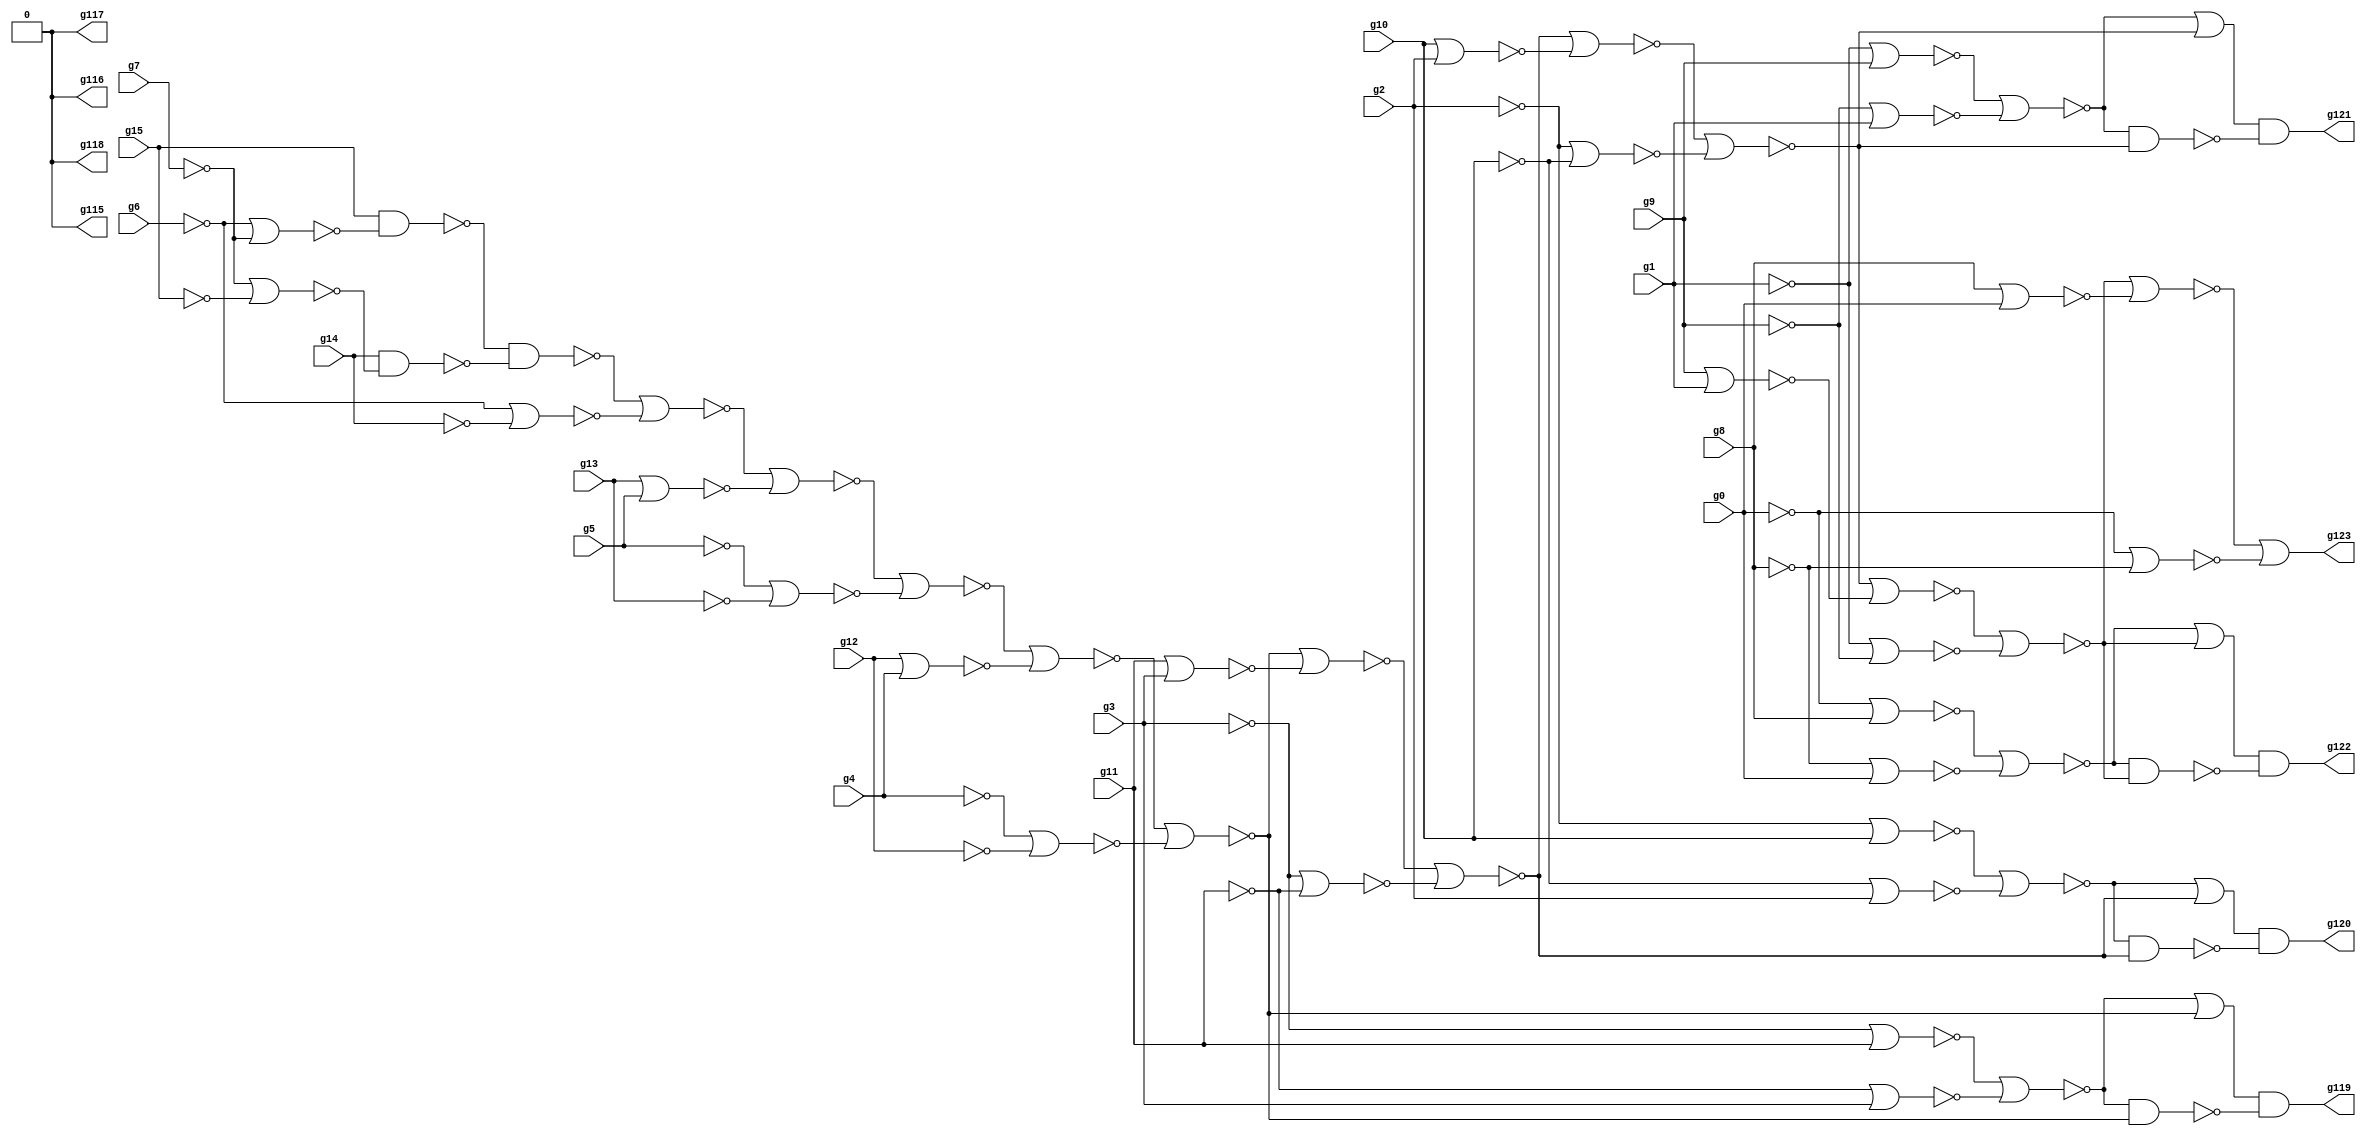
// Benchmark "circuit" written by ABC on Wed Mar 16 10:20:12 2022

module circuit ( 
    g0, g1, g2, g3, g4, g5, g6, g7, g8, g9, g10, g11, g12, g13, g14, g15,
    g123, g122, g121, g120, g119, g118, g117, g116, g115  );
  input  g0, g1, g2, g3, g4, g5, g6, g7, g8, g9, g10, g11, g12, g13, g14,
    g15;
  output g123, g122, g121, g120, g119, g118, g117, g116, g115;
  wire g16, g20, g25, g29, g31, g34, g35, g36, g37, g38, g39, g43, g45, g48,
    g49, g50, g51, g55, g56, g57, g58, g59, g60, g61, g62, g63, g64, g65,
    g66, g67, g68, g69, g70, g71, g72, g73, g74, g75, g76, g77, g78, g79,
    g80, g81, g82, g83, g84, g85, g86, g87, g88, g89, g90, g91, g92, g93,
    g94, g95, g96, g97, g98, g99, g100, g101, g102, g103, g104, g105, g110,
    g111, g112, g113, g114, \0 ;
  assign g16 = ~g15;
  assign g20 = ~g14;
  assign g25 = ~g7 | ~g15;
  assign g29 = ~g13;
  assign g31 = ~g5;
  assign g34 = ~g6 | ~g7;
  assign g35 = ~g16 & ~g34;
  assign g36 = ~g20 & ~g25;
  assign g37 = ~g35 & ~g36;
  assign g38 = ~g6 | ~g14;
  assign g39 = ~g37 | ~g38;
  assign g43 = ~g12;
  assign g45 = ~g4;
  assign g48 = ~g29 | ~g31;
  assign g49 = ~g39 | ~g48;
  assign g50 = ~g5 | ~g13;
  assign g51 = ~g49 | ~g50;
  assign g55 = ~g11;
  assign g56 = ~g3 | ~g55;
  assign g57 = ~g3;
  assign g58 = ~g11 | ~g57;
  assign g59 = ~g56 | ~g58;
  assign g60 = ~g43 | ~g45;
  assign g61 = ~g51 | ~g60;
  assign g62 = ~g4 | ~g12;
  assign g63 = ~g61 | ~g62;
  assign g64 = ~g59 | ~g63;
  assign g65 = ~g64;
  assign g66 = ~g59 & ~g63;
  assign g67 = ~g10;
  assign g68 = ~g2 | ~g67;
  assign g69 = ~g2;
  assign g70 = ~g10 | ~g69;
  assign g71 = ~g68 | ~g70;
  assign g72 = ~g55 | ~g57;
  assign g73 = ~g63 | ~g72;
  assign g74 = ~g3 | ~g11;
  assign g75 = ~g73 | ~g74;
  assign g76 = ~g71 | ~g75;
  assign g77 = ~g76;
  assign g78 = ~g71 & ~g75;
  assign g79 = ~g9;
  assign g80 = ~g1 | ~g79;
  assign g81 = ~g1;
  assign g82 = ~g9 | ~g81;
  assign g83 = ~g80 | ~g82;
  assign g84 = ~g67 | ~g69;
  assign g85 = ~g75 | ~g84;
  assign g86 = ~g2 | ~g10;
  assign g87 = ~g85 | ~g86;
  assign g88 = ~g83 | ~g87;
  assign g89 = ~g88;
  assign g90 = ~g83 & ~g87;
  assign g91 = ~g8;
  assign g92 = ~g0 | ~g91;
  assign g93 = ~g0;
  assign g94 = ~g8 | ~g93;
  assign g95 = ~g92 | ~g94;
  assign g96 = ~g79 | ~g81;
  assign g97 = ~g87 | ~g96;
  assign g98 = ~g1 | ~g9;
  assign g99 = ~g97 | ~g98;
  assign g100 = ~g95 | ~g99;
  assign g101 = ~g100;
  assign g102 = ~g95 & ~g99;
  assign g103 = ~g91 | ~g93;
  assign g104 = ~g99 | ~g103;
  assign g105 = ~g0 | ~g8;
  assign g110 = ~g65 & ~g66;
  assign g111 = ~g77 & ~g78;
  assign g112 = ~g89 & ~g90;
  assign g113 = ~g101 & ~g102;
  assign g114 = ~g104 | ~g105;
  assign g115 = \0 ;
  assign g116 = \0 ;
  assign g117 = \0 ;
  assign g118 = \0 ;
  assign g119 = g110;
  assign g120 = g111;
  assign g121 = g112;
  assign g122 = g113;
  assign g123 = g114;
  assign \0  = 1'b0;
endmodule